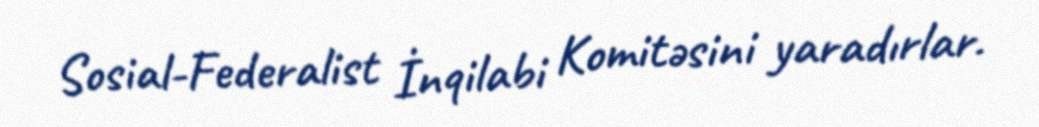
Sosial-Federalist İnqilabi Komitəsini yaradırlar.